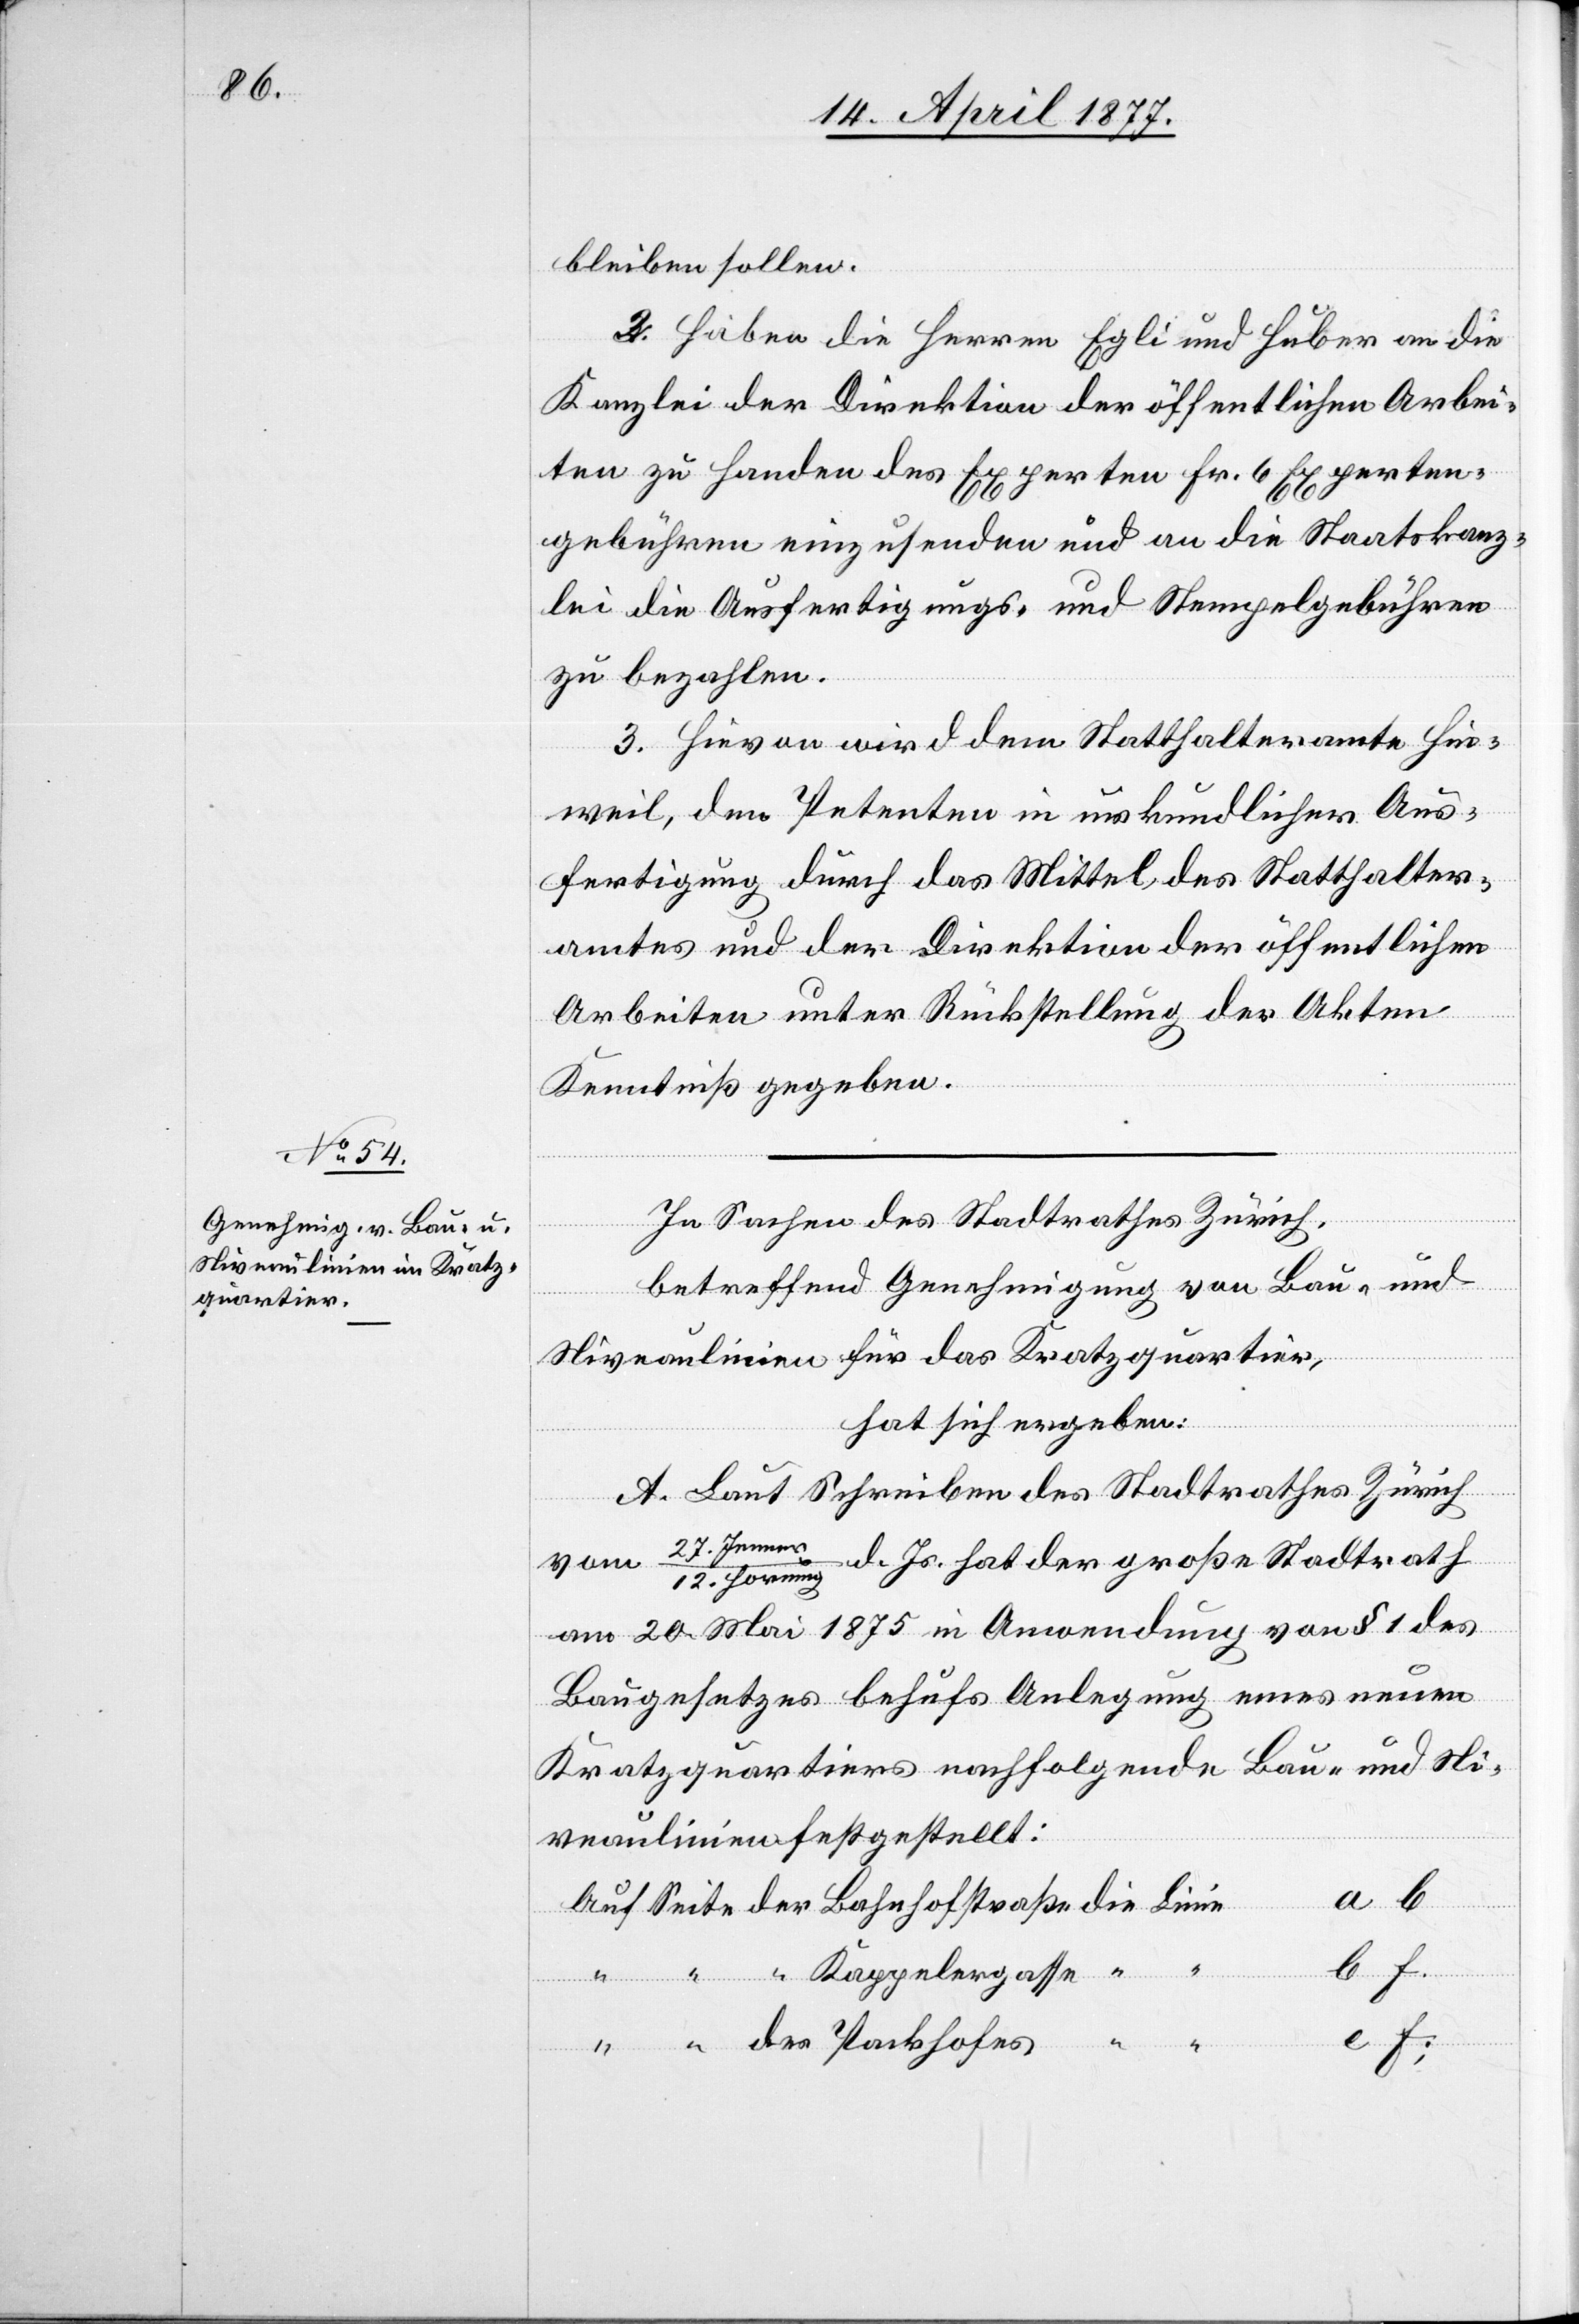
bleiben sollen.
Packhofes
2. Haben die Herren Egli und Huber an die
Kanzlei der Direktion der öffentlichen Arbei¬
ten zu Handen des Experten Fr. 6 Experten¬
gebühren einzusenden und an die Staatskanz¬
lei die Ausfertigungs- und Stempelgebühren
zu bezahlen.
3. Hievon wird dem Statthalteramte Hin¬
weil, den Petenten in urkundlicher Aus¬
fertigung durch das Mittel des Statthalter¬
amtes und der Direktion der öffentlichen
Arbeiten unter Rückstellung der Akten
Kenntniß gegeben.
des
In Sachen des Stadtrathes Zürich,
betreffend Genehmigung von Bau- und
Niveaulinien für das Kratzquartier,
“
hat sich ergeben:
A. Laut Schreiben des Stadtrathes Zürich
vom 27. Jenne¬
d. Js. hat der große Stadtrath
r/12. Hornung
am 20. Mai 1875 in Anwendung von § 1 des
Baugesetzes behufs Anlegung eines neuen
Kratzquartiers nachfolgende Bau- und Ni¬
veaulinien festgestellt:
a. b.
b. f.
e. f;